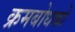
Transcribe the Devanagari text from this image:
क्रमबोधको